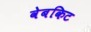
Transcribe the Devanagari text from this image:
वेबकिट